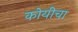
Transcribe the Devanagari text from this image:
कोयीचा